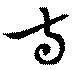
寺